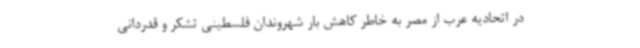
در اتحادیه عرب از مصر به خاطر کاهش بار شهروندان فلسطینی تشکر و قدردانی